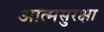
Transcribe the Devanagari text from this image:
आत्मसुरक्षा